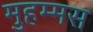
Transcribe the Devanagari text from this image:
मुहम्मस